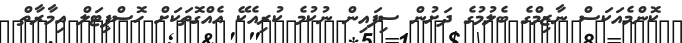
ކޮންމެއަކަސް ނާޒިމްގެ ބެލުމުގެ ދަށުން ސިފައިން ނުކުމެ ކުރިއެކޭ އެއްގޮތަކަށް ހޮސްޕިޓަލް އިމާރާތް